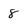
Character: 8